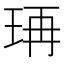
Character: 𤥆